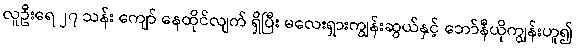
လူဦးရေ ၂၇ သန်း ကျော် နေထိုင်လျက် ရှိပြီး မလေးရှားကျွန်းဆွယ်နှင့် ဘော်နီယိုကျွန်းဟူ၍